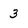
Character: 3